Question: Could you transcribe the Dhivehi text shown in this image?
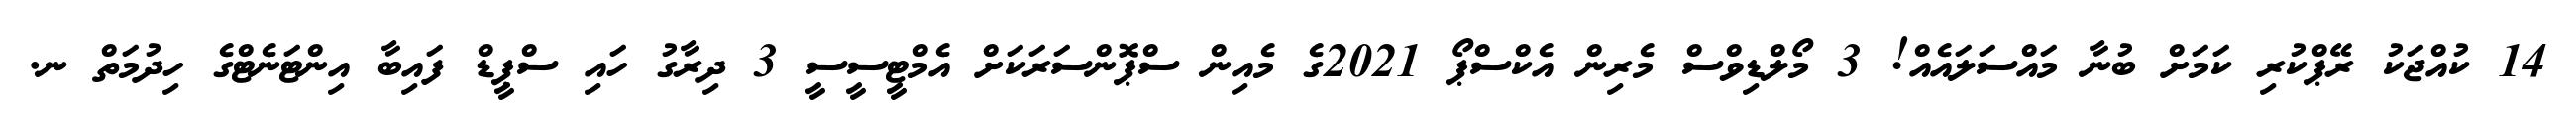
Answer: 14 ކުއްޖަކު ރޭޕްކުރި ކަމަށް ބުނާ މައްސަލައެއް! 3 މޯލްޑިވްސް މެރިން އެކްސްޕޯ 2021ގެ މެއިން ސްޕޮންސަރަކަށް އެމްޓީސީސީ 3 ދިރާގު ހައި ސްޕީޑް ފައިބާ އިންޓަނެޓްގެ ހިދުމަތް ނ.